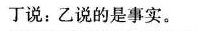
丁说：乙说的是事实。